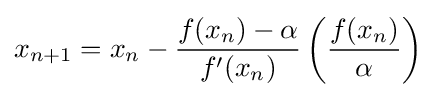
x_{n+1}=x_{n}-{\frac {f(x_{n})-\alpha }{f'(x_{n})}}\left({\frac {f(x_{n})}{\alpha }}\right)